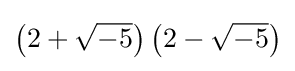
\left(2+{\sqrt {-5}}\right)\left(2-{\sqrt {-5}}\right)